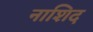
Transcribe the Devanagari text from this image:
नाशिद